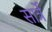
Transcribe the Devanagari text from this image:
सार्त्रे